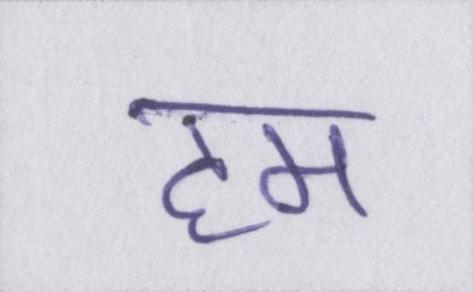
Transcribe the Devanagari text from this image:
हम